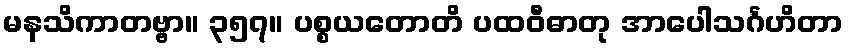
မနသိကာတဗ္ဗာ။ ၃၅၇။ ပစ္စယတောတိ ပထဝီဓာတု အာပေါသင်္ဂဟိတာ